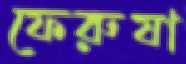
ফেরুষা